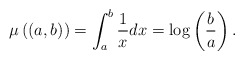
\begin{align*}\mu\left((a,b)\right)=\int_a^b \frac{1}{x} dx= \log\left(\frac{b}{a}\right).\end{align*}